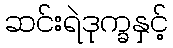
ဆင်းရဲဒုက္ခနှင့်